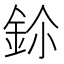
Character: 鉩